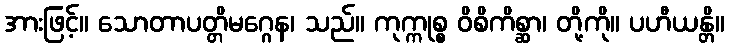
အားဖြင့်။ သောတာပတ္တိမဂ္ဂေန၊ သည်။ ကုက္ကုစ္စ ဝိစိကိစ္ဆာ၊ တို့ကို။ ပဟီယန္တိ။